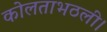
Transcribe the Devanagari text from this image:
कोलताभठली।